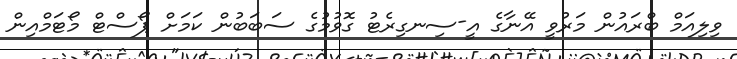
ވިލިއަމް ބްރައުން މަރުވީ އޭނާގެ އީ-ސިނގިރެޓު ގޮވުމުގެ ސަބަބުން ކަމަށް ޕޯސްޓް މޯޓަމްއިން